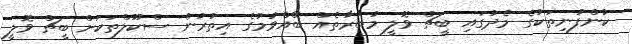
ކުންފުނިތަކުގެ މެދުގައި ބީޗް ވޮލީ މުބާރާތެއް ބޭއްވުމުގެ އިތުރުން ސްކޫލްތަކަށް ބީޗް ވޮލީ